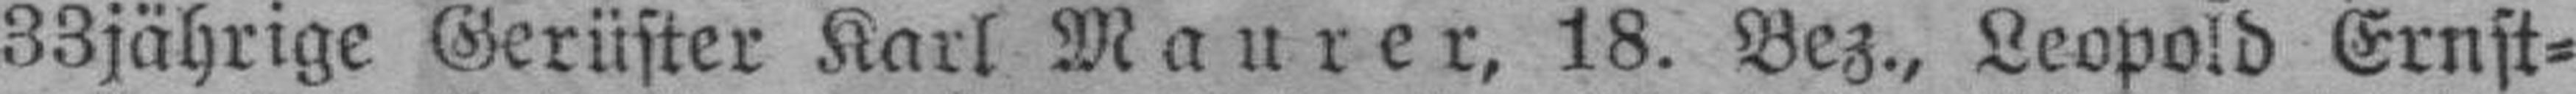
33jährige Gerüster Karl Maurer, 18. Bez., Leopold Ernst¬